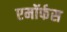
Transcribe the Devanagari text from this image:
एमॉर्फस